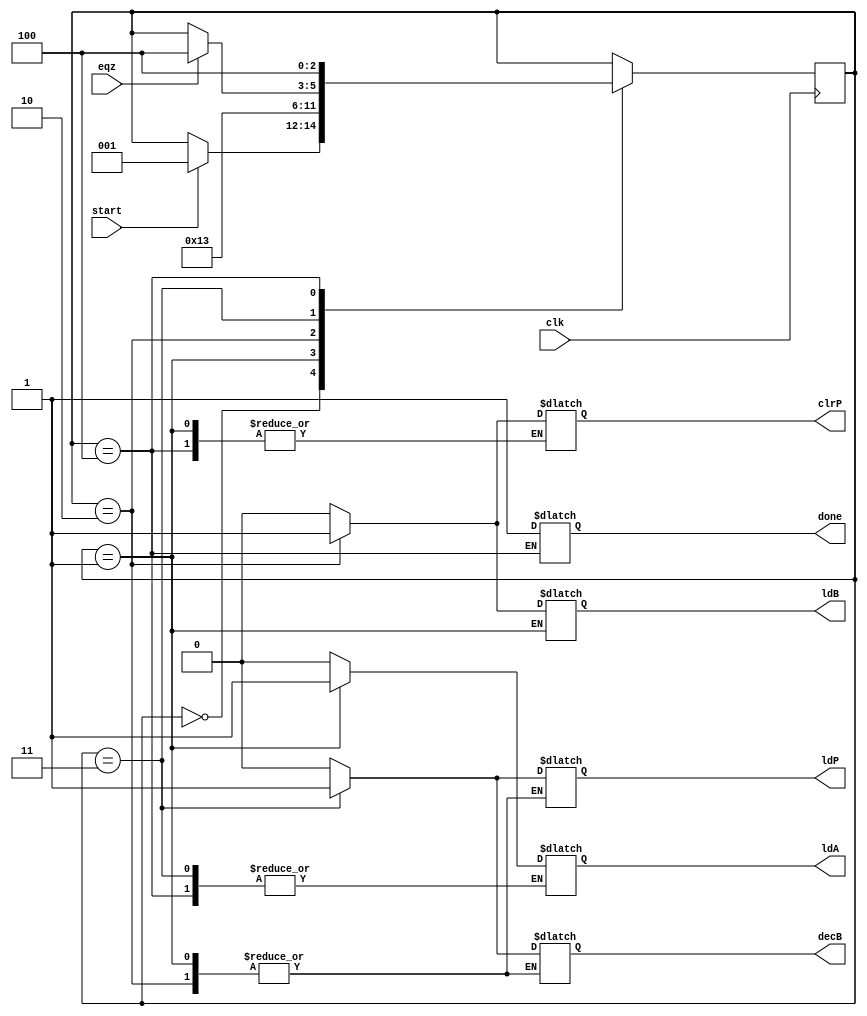
`timescale 1ns / 1ps
module controller (ldA, ldB, ldP, clrP, decB, done, clk, eqz, start);
    input clk, eqz, start;
    output reg ldA, ldB, ldP, clrP, decB, done;
    reg [2:0]state;
    parameter s0=3'b000, s1=3'b001, s2=3'b010, s3=3'b011, s4=3'b100;
    always@(posedge clk)
        begin
        case (state)
            s0: if (start) state <= s1;
            s1: state <= s2;
            s2: state <= s3;
            s3: if (eqz) state <= s4;
            s4: state <= s4;
        endcase
        end
    always@(state)
        begin
        case (state)
            s0: begin #1 ldA = 0; ldB = 0; ldP = 0; clrP = 0; decB = 0; end
            s1: begin #1 ldA = 1; end
            s2: begin #1 ldA = 0; ldB = 1; clrP = 1; end
            s3: begin #1 ldB = 0; ldP = 1; clrP = 0; decB = 1; end
            s4: begin #1 done = 1; ldB = 0; ldP = 0; decB = 0; end
            default: begin #1 ldA = 0; ldB = 0; ldP = 0; clrP = 0; decB = 0; end
        endcase
        end
endmodule 

module MUL_datapath(eq_Z, ld_A, ld_B, ld_P, clr_P, dec_B, data_in, clk);
    input ld_A, ld_B, ld_P, dec_B, clr_P, clk;
    input [15:0]data_in;
    output eq_Z;
    wire [15:0] x, y, z, Bout, Bus;    
    pipo1 A (x, ld_A, Bus, clk);
    pipo2 P (y, ld_P, clr_P, z, clk);
    add AD (z, x, y);
    control B (Bout, ld_B, dec_B, Bus, clk);
    EQZ comp (eq_Z, Bout);
endmodule

module pipo1 (dout, ld, din, clk);
    input [15:0] din;
    input ld, clk;
    output reg [15:0] dout;    
    always@(posedge clk)
        if(ld) dout <= din;
endmodule

module pipo2 (dout, ld, clr, din, clk);
    input [15:0] din;
    input ld, clr, clk;
    output reg [15:0] dout;    
    always@(posedge clk)
        if (clr) dout <= 16'b0;
        else if (ld) dout <= din;
endmodule

module add (out, in1, in2);
    input [15:0] in1, in2;
    output [15:0] out;    
    assign out = in1 + in2;
endmodule

module control (dout, ld, dec, din, clk);
    input [15:0]din;
    input ld, dec, clk;
    output reg [15:0] dout;    
    always@(posedge clk)
        if (ld) dout <= din;
        else if (dec) dout <= dout - 1;
endmodule

module EQZ (eqz, data);
    input [15:0] data;
    output eqz;    
    assign eqz = (data == 0);
endmodule